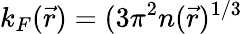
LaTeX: k_{F}(\vec{r})=(3\pi^{2}n(\vec{r})^{1/3}